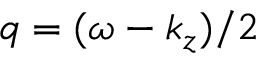
q = ( \omega - k _ { z } ) / 2